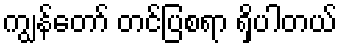
ကျွန်တော် တင်ပြစရာ ရှိပါတယ်